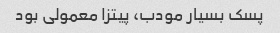
پسک بسیار مودب، پیتزا معمولی بود